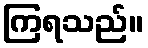
ကြရသည်။